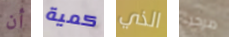
أن كمية الذي مرحبا